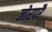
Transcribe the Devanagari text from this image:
जोरपरै